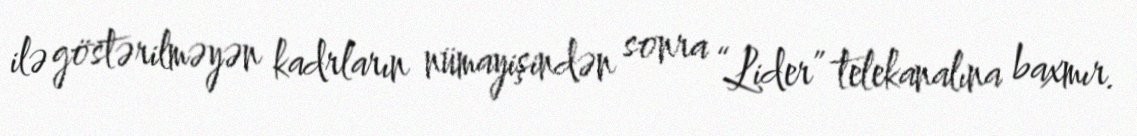
ilə göstərilməyən kadrların nümayişindən sonra “Lider” telekanalına baxmır.